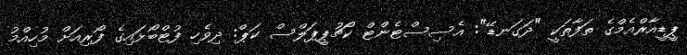
ޕީޑީއާރްއެމްގެ ތަފާތަކީ "ދަގަނޑޭ": އެސިސްޓެންޓް ކޯޗުޕީޕަލްސް ކަޕް: ދިވެހި ފުޓްބޯޅައިގެ ފޯރިއަށް މުހިއްމު